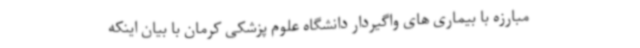
مبارزه با بیماری های واگیردار دانشگاه علوم پزشکی کرمان با بیان اینکه